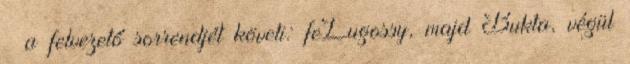
– a felvezető sorrendjét követi: feLugossy, majd Bukta, végül